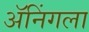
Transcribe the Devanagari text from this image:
ॲनिंगला